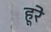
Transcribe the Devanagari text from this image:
हूरे